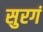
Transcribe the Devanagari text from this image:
सुरगं